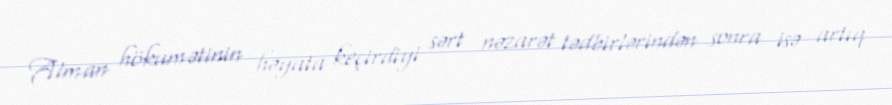
Alman hökumətinin həyata keçirdiyi sərt nəzarət tədbirlərindən sonra isə artıq